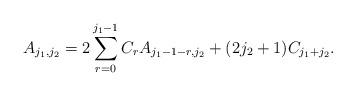
LaTeX: \begin{align*} A_{j_1,j_2} = 2\sum_{r=0}^{j_1 - 1} C_r A_{j_1-1-r,j_2} + (2j_2+1) C_{j_1+j_2}.\end{align*}